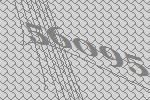
56095